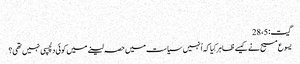
‏
گیت:‏ 5،‏ 28
یسوع مسیح نے کیسے ظاہر کِیا کہ اُنہیں سیاست میں حصہ لینے میں کوئی دلچسپی نہیں تھی؟